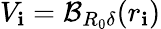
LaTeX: V_{\mathbf{i}}=\mathcal{{B}}_{R_{0}\delta}(r_{\mathbf{i}})